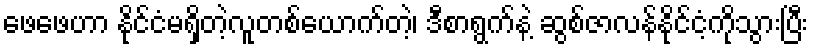
ဖေဖေဟာ နိုင်ငံမရှိတဲ့လူတစ်ယောက်တဲ့၊ ဒီစာရွက်နဲ့ ဆွစ်ဇာလန်နိုင်ငံ့ကိုသွားပြီး